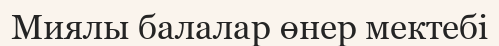
Миялы балалар өнер мектебі